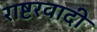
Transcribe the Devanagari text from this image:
राष्टरवादी